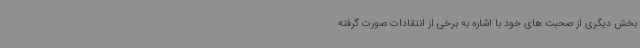
بخش دیگری از صحبت های خود با اشاره به برخی از انتقادات صورت گرفته